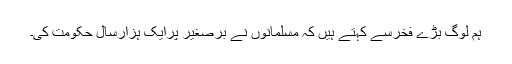
ہم لوگ بڑے فخرسے کہتے ہیں کہ مسلمانوں نے برصغیر پرایک ہزارسال حکومت کی۔